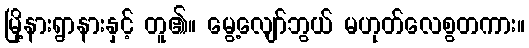
မြို့နားရွာနားနှင့် တူ၏။ မွေ့လျော်ဘွယ် မဟုတ်လေစွတကား။